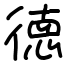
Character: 徳